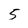
Character: 5